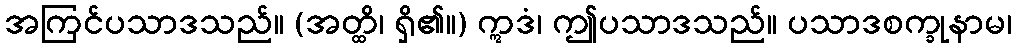
အကြင်ပသာဒသည်။ (အတ္ထိ၊ ရှိ၏။) ဣဒံ၊ ဤပသာဒသည်။ ပသာဒစက္ခုနာမ၊